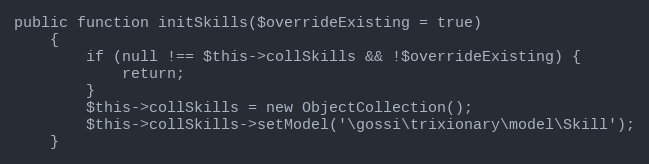
Language: PHP
public function initSkills($overrideExisting = true)
    {
        if (null !== $this->collSkills && !$overrideExisting) {
            return;
        }
        $this->collSkills = new ObjectCollection();
        $this->collSkills->setModel('\gossi\trixionary\model\Skill');
    }